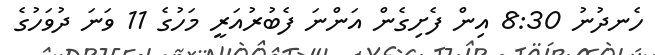
ހެނދުނު 8:30 އިން ފެށިގެން އަންނަ ފެބުރުއަރީ މަހުގެ 11 ވަނަ ދުވަހުގެ